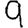
Digit: 9